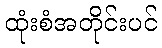
ထုံးစံအတိုင်းပင်